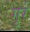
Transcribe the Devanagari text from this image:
गुर्र